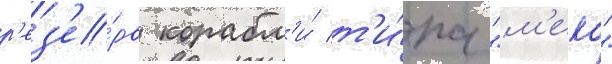
р'ез'е́рв корабл'и́ т'и́па "м'еко"